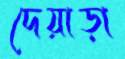
দেয়াড়া